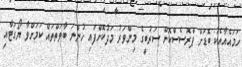
ހަމައެއާއެކު ބޮޑަށް ޕްރޮސެސްކޮށް ސަރުބީގެ މިންވަރު މަދުކޮށްފައި ހުންނަ ބާވަތްތައް ކަމަށްވާ ޔޯގަޓާއި